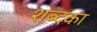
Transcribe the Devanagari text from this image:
शब्दका